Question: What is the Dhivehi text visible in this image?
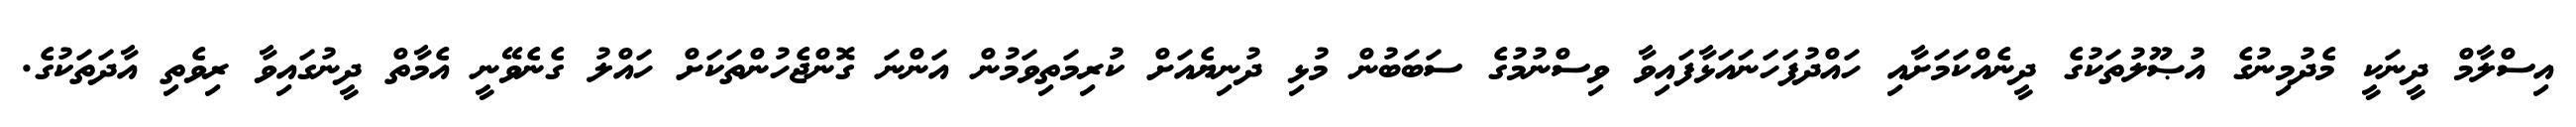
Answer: އިސްލާމް ދީނަކީ މެދުމިނުގެ އުޞޫލުތަކުގެ ދީނެއްކަމަށާއި ހައްދުފަހަނައަޅާފައިވާ ވިސްނުމުގެ ސަބަބުން މުޅި ދުނިޔެއަށް ކުރިމަތިވަމުން އަންނަ ގޮންޖެހުންތަކަށް ހައްލު ގެނެވޭނީ އެމާތް ދީނުގައިވާ ރިވެތި އާދަތަކުގެ.